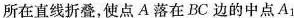
所在直线折叠，使点A落在BC边的中点A_{1}